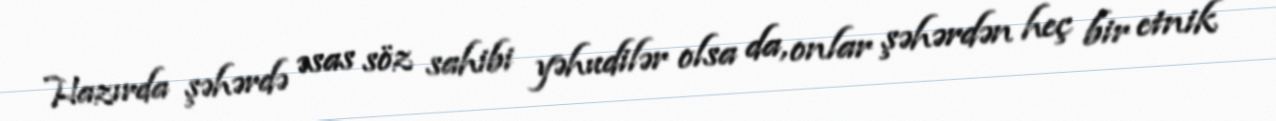
Hazırda şəhərdə əsas söz sahibi yəhudilər olsa da, onlar şəhərdən heç bir etnik